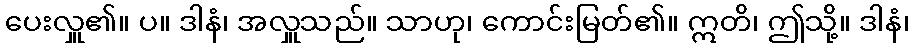
ပေးလှူ၏။ ပ။ ဒါနံ၊ အလှူသည်။ သာဟု၊ ကောင်းမြတ်၏။ ဣတိ၊ ဤသို့။ ဒါနံ၊